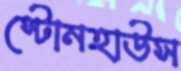
স্টোনহাউস